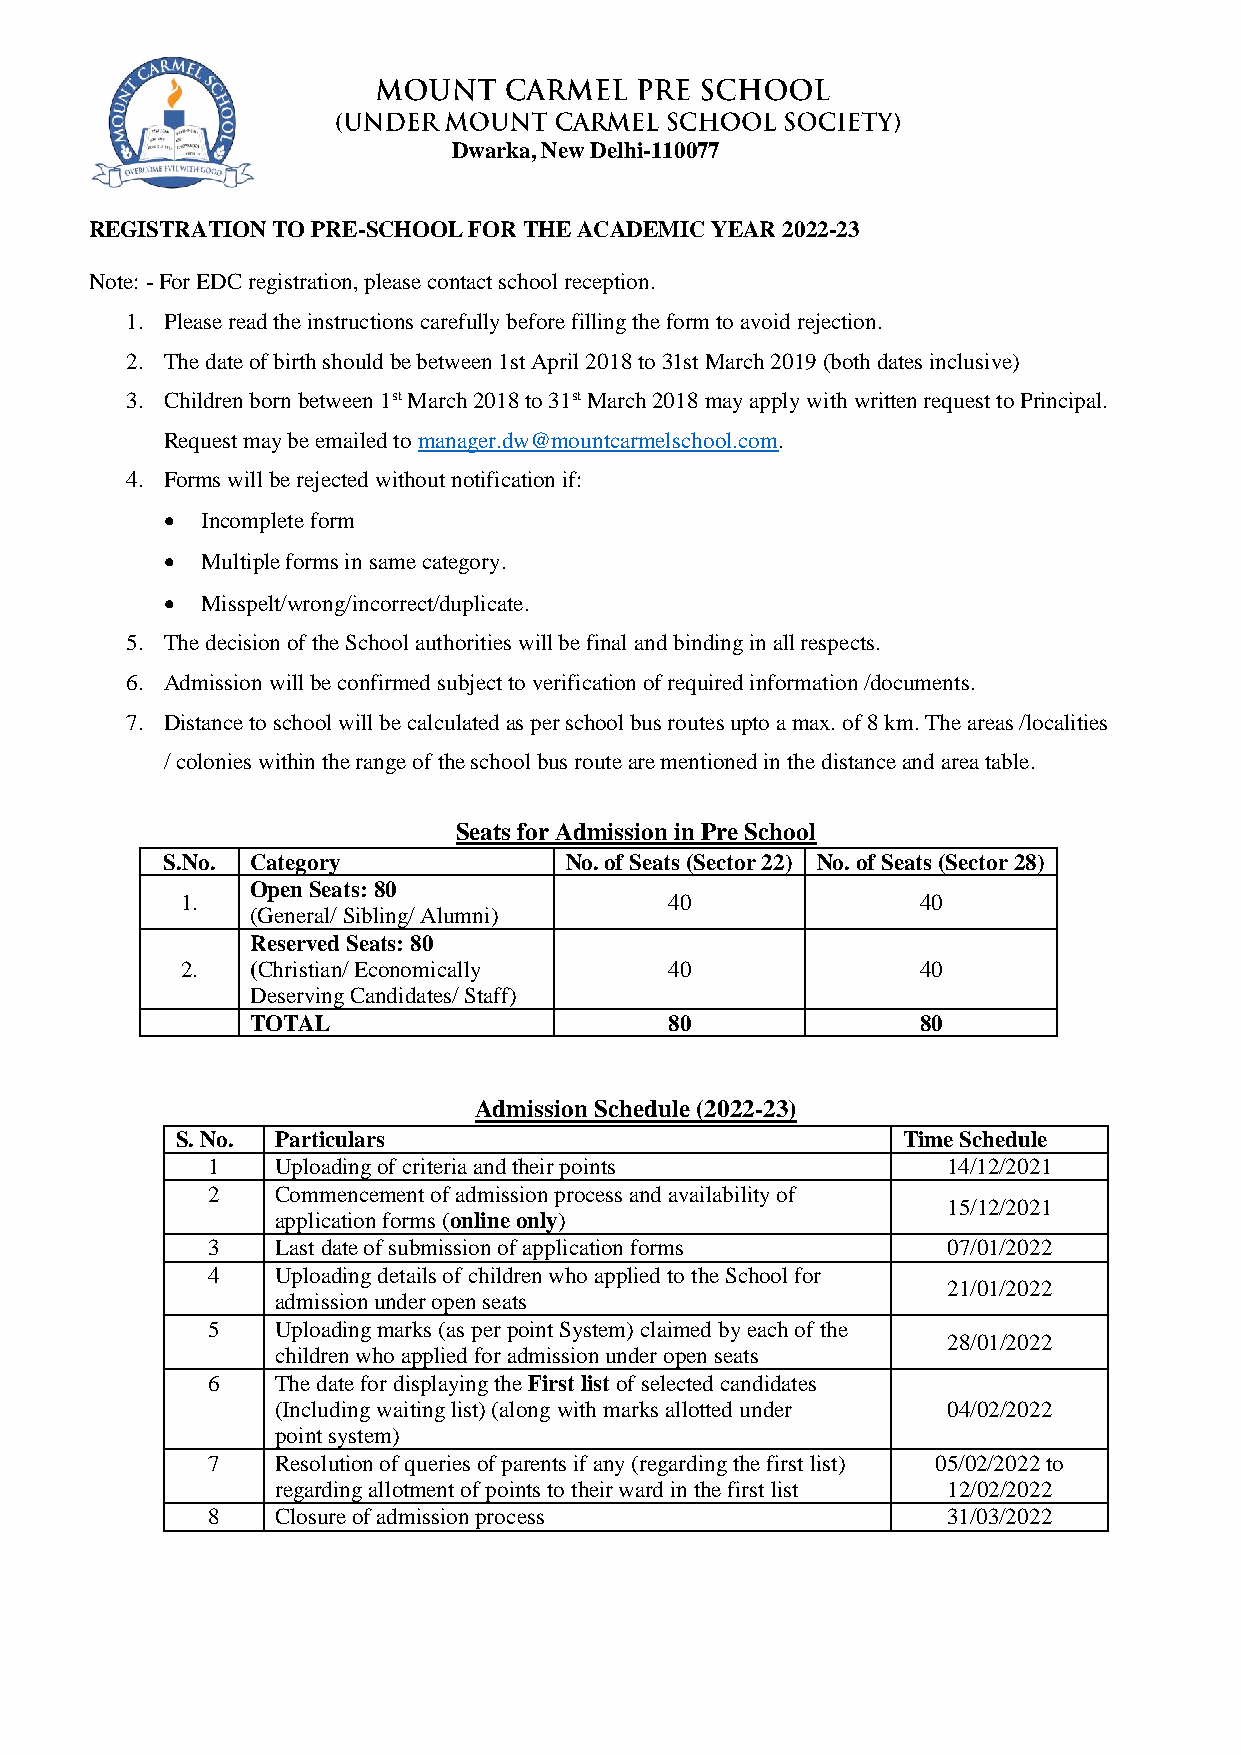
Dwarka, New Delhi-110077
 REGISTRATION TO PRE-SCHOOL FOR THE ACADEMIC YEAR 2022-23
 Note: - For EDC registration, please contact school reception.
 1. Please read the instructions carefully before filling the form to avoid rejection.
 2. The date of birth should be between 1st April 2018 to 31st March 2019 (both dates inclusive)
 3. Children born between 1st March 2018 to 31st March 2018 may apply with written request to Principal.
 Request may be emailed to manager.dw@mountcarmelschool.com.
 4. Forms will be rejected without notification if:
  Incomplete form
  Multiple forms in same category.
  Misspelt/wrong/incorrect/duplicate.
 5. The decision of the School authorities will be final and binding in all respects.
 6. Admission will be confirmed subject to verification of required information /documents.
 7. Distance to school will be calculated as per school bus routes upto a max. of 8 km. The areas /localities
 / colonies within the range of the school bus route are mentioned in the distance and area table.
 Seats for Admission in Pre School
 S.No. Category            No. of Seats (Sector 22) No. of Seats (Sector 28)
 Open Seats: 80
 1.                              40               40
 (General/ Sibling/ Alumni)
 Reserved Seats: 80
 2.   (Christian/ Economically   40               40
 Deserving Candidates/ Staff)
 TOTAL                      80               80
 Admission Schedule (2022-23)
 S. No. Particulars                              Time Schedule
 1   Uploading of criteria and their points       14/12/2021
 2   Commencement of admission process and availability of
 15/12/2021
 application forms (online only)
 3   Last date of submission of application forms 07/01/2022
 4   Uploading details of children who applied to the School for
 21/01/2022
 admission under open seats
 5   Uploading marks (as per point System) claimed by each of the
 28/01/2022
 children who applied for admission under open seats
 6   The date for displaying the First list of selected candidates
 (Including waiting list) (along with marks allotted under 04/02/2022
 point system)
 7   Resolution of queries of parents if any (regarding the first list) 05/02/2022 to
 regarding allotment of points to their ward in the first list 12/02/2022
 8   Closure of admission process                 31/03/2022